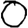
Digit: 0